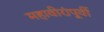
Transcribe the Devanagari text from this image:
महावीरांंपूर्वी